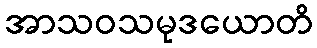
အာသဝသမုဒယောတိ